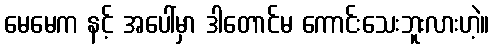
မေမေက နင့် အပေါ်မှာ ဒါတောင်မ ကောင်းသေးဘူးလားဟဲ့။